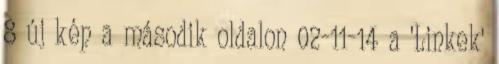
8 új kép a második oldalon 02-11-14 a 'Linkek'